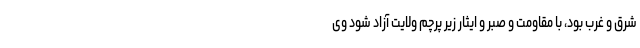
شرق و غرب بود، با مقاومت و صبر و ایثار زیر پرچم ولایت آزاد شود وی